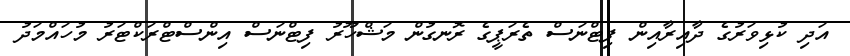
އަދި ކުޅިވަރުގެ ދާއިރާއިން ފިޓްނަސް ތެރަޕީގެ ރޮނގުން މަޝްހޫރު ފިޓްނަސް އިންސްޓްރަކްޓަރު މުހައްމަދު